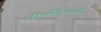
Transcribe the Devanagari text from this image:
ना॰को॰व॰दे॰